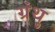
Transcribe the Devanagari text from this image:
ग्रंथु